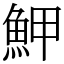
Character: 魻